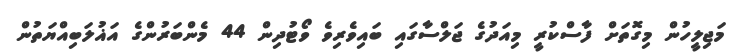
މަޖިލީހުން މިގޮތަށް ފާސްކުރީ މިއަދުގެ ޖަލްސާގައި ބައިވެރިވެ ވޯޓުދިން 44 މެންބަރުންގެ އަޣުލަބިއްޔަތުން